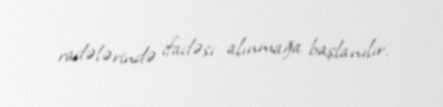
radələrində ifadəsi alınmağa başlanılır.